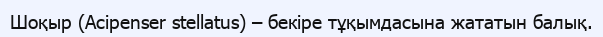
Шоқыр (Acіpenser stellatus) – бекіре тұқымдасына жататын балық.